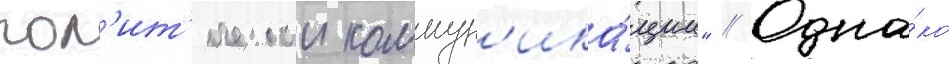
пол'ит'ическои коммун'ика́ции" // Одна́ко